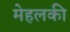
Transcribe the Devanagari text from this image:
मेहलकी